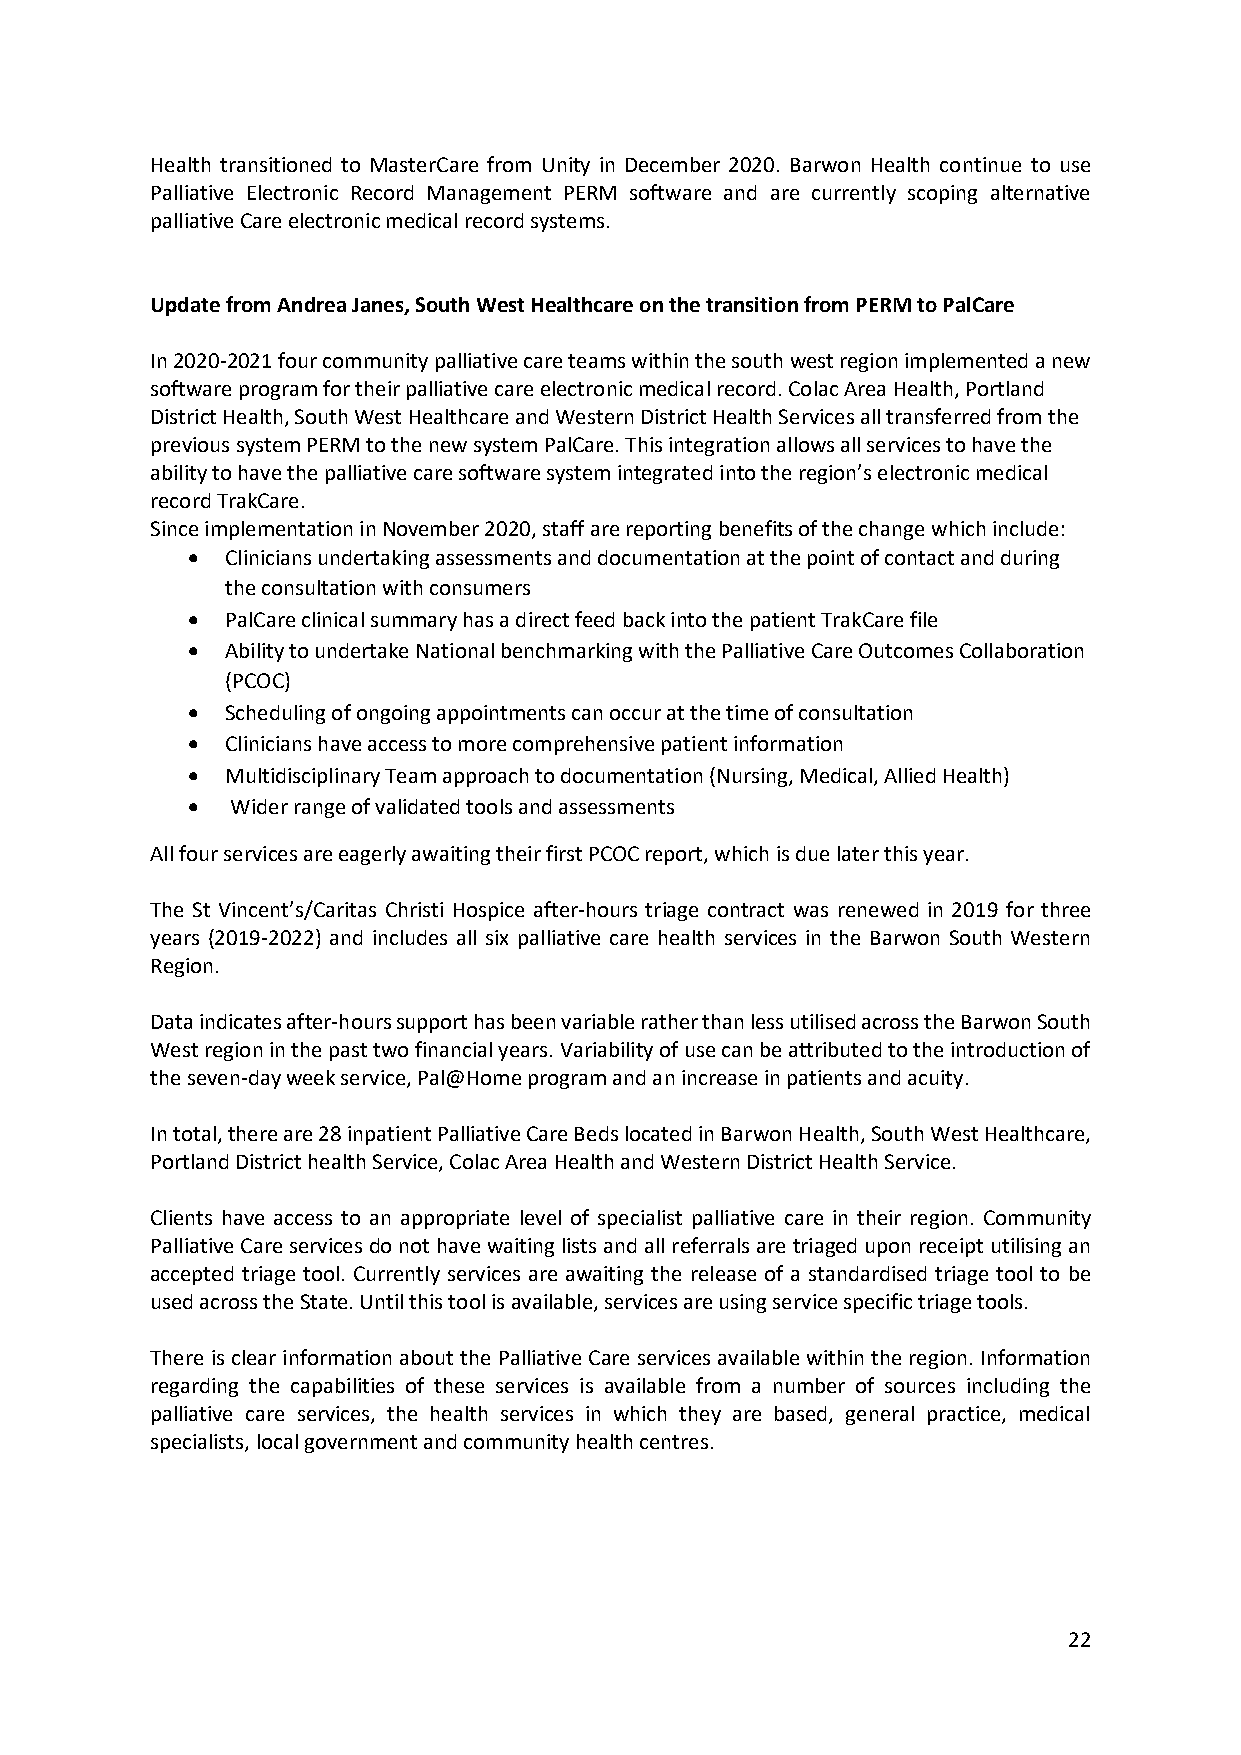
Health transitioned to MasterCare from Unity in December 2020. Barwon Health continue to use
 Palliative Electronic Record Management PERM software and are currently scoping alternative
 palliative Care electronic medical record systems.
 Update from Andrea Janes, South West Healthcare on the transition from PERM to PalCare
 In 2020-2021 four community palliative care teams within the south west region implemented a new
 software program for their palliative care electronic medical record. Colac Area Health, Portland
 District Health, South West Healthcare and Western District Health Services all transferred from the
 previous system PERM to the new system PalCare. This integration allows all services to have the
 ability to have the palliative care software system integrated into the region’s electronic medical
 record TrakCare.
 Since implementation in November 2020, staff are reporting benefits of the change which include:
   Clinicians undertaking assessments and documentation at the point of contact and during
 the consultation with consumers
   PalCare clinical summary has a direct feed back into the patient TrakCare file
   Ability to undertake National benchmarking with the Palliative Care Outcomes Collaboration
 (PCOC)
   Scheduling of ongoing appointments can occur at the time of consultation
   Clinicians have access to more comprehensive patient information
   Multidisciplinary Team approach to documentation (Nursing, Medical, Allied Health)
   Wider range of validated tools and assessments
 All four services are eagerly awaiting their first PCOC report, which is due later this year.
 The St Vincent’s/Caritas Christi Hospice after-hours triage contract was renewed in 2019 for three
 years (2019-2022) and includes all six palliative care health services in the Barwon South Western
 Region.
 Data indicates after-hours support has been variable rather than less utilised across the Barwon South
 West region in the past two financial years. Variability of use can be attributed to the introduction of
 the seven-day week service, Pal@Home program and an increase in patients and acuity.
 In total, there are 28 inpatient Palliative Care Beds located in Barwon Health, South West Healthcare,
 Portland District health Service, Colac Area Health and Western District Health Service.
 Clients have access to an appropriate level of specialist palliative care in their region. Community
 Palliative Care services do not have waiting lists and all referrals are triaged upon receipt utilising an
 accepted triage tool. Currently services are awaiting the release of a standardised triage tool to be
 used across the State. Until this tool is available, services are using service specific triage tools.
 There is clear information about the Palliative Care services available within the region. Information
 regarding the capabilities of these services is available from a number of sources including the
 palliative care services, the health services in which they are based, general practice, medical
 specialists, local government and community health centres.
 22